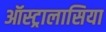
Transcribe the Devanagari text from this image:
ऑस्ट्रालासिया